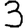
Digit: 3